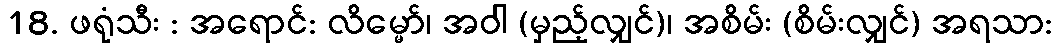
18. ဖရုံသီး : အရောင်: လိမ္မော်၊ အဝါ (မှည့်လျှင်)၊ အစိမ်း (စိမ်းလျှင်) အရသာ: